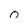
Character: 0